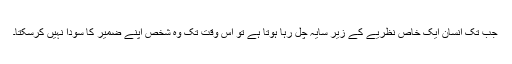
جب تک انسان ایک خاص نظریے کے زیر سایہ چل رہا ہوتا ہے تو اس وقت تک وہ شخص اپنے ضمیر کا سودا نہیں کرسکتا۔